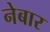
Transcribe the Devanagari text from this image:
नेबार